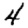
Digit: 4